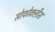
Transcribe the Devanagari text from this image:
सोफोक्लीस